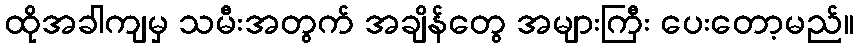
ထိုအခါကျမှ သမီးအတွက် အချိန်တွေ အများကြီး ပေးတော့မည်။